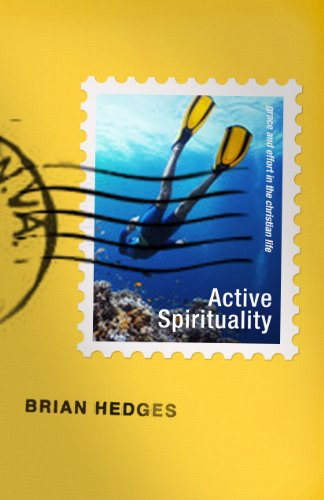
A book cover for Active Spirituality: Grace and Effort in the Christian Life; Brian G. Hedges; Christian Books & Bibles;